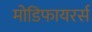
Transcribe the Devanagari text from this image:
मोडिफायरर्स